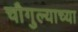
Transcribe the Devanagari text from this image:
चौगुल्याच्या